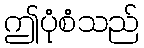
ဤပုံစံသည်